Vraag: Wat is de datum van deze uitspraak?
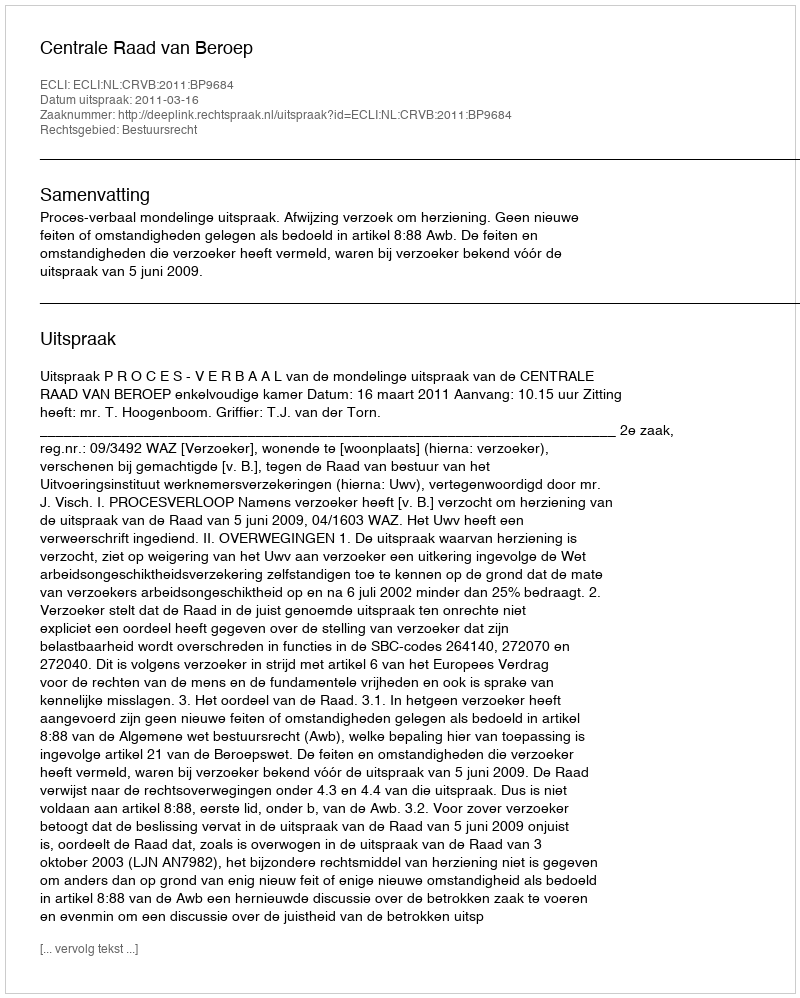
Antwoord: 2011-03-16